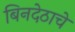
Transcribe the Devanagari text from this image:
बिनदेठाचे